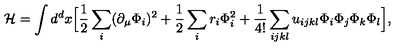
{ \cal H } = \int d ^ { d } x \Bigl [ { \frac { 1 } { 2 } } \sum _ { i } ( \partial _ { \mu } \Phi _ { i } ) ^ { 2 } + { \frac { 1 } { 2 } } \sum _ { i } r _ { i } \Phi _ { i } ^ { 2 } + { \frac { 1 } { 4 ! } } \sum _ { i j k l } u _ { i j k l } \Phi _ { i } \Phi _ { j } \Phi _ { k } \Phi _ { l } \Bigr ] ,